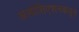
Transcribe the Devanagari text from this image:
असोसिएशनकडून